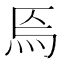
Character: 𤇟